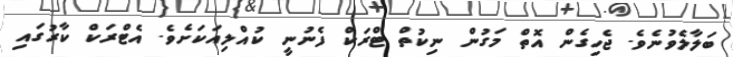
ބަލާލެވުނެވެ. ޖެހިގެން އޮތް މަގުން ނިކުތް ޓްރަކް ފެނުނީ ކުއްލިއަކަށެވެ. އެޓްރަކް ކާރުގައި